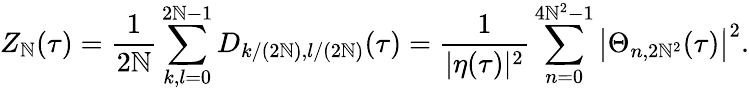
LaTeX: Z_{\mathbb{N}}(\tau)=\frac{1}{{2\mathbb{N}}}\sum_{k,l=0}^{2\mathbb{N}-1}D_{k/(2\mathbb{N}),l/(2\mathbb{N})}(\tau)=\frac{1}{{|\eta(\tau)|^{2}}}\sum_{n=0}^{4\mathbb{N}^{2}-1}\left|\Theta_{n,2\mathbb{N}^{2}}(\tau)\right|^{2}.